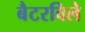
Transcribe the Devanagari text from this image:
बैटरविले